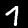
Digit: 7